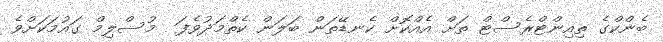
ބެންކްގެ ތިއިންޓްރެސްޓް ތަށް އެއްކޮށް ކެނޑޭތަން ބަލަން ކެތްމަދުވެފަ  މުސްލިމް ގައުމަކަށްވެ